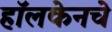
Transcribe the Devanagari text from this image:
हॉलकेनचे